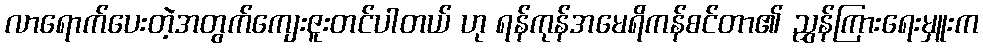
လာရောက်ပေးတဲ့အတွက်ကျေးဇူးတင်ပါတယ် ဟု ရန်ကုန်အမေရိကန်စင်တာ၏ ညွှန်ကြားရေးမှူးက